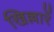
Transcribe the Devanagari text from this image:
खिल्लारें